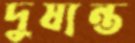
দুষ্যন্ত